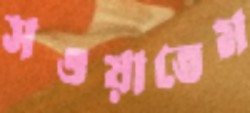
সওয়াতেম